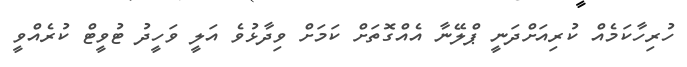
ހުރިހާކަމެއް ކުރިއަށްދަނީ ޕްލޭނާ އެއްގޮތަށް ކަމަށް ވިދާޅުވެ އަލީ ވަހީދު ޓުވީޓް ކުރެއްވީ